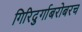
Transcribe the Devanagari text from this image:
गिरिदुर्गाबरोबरच